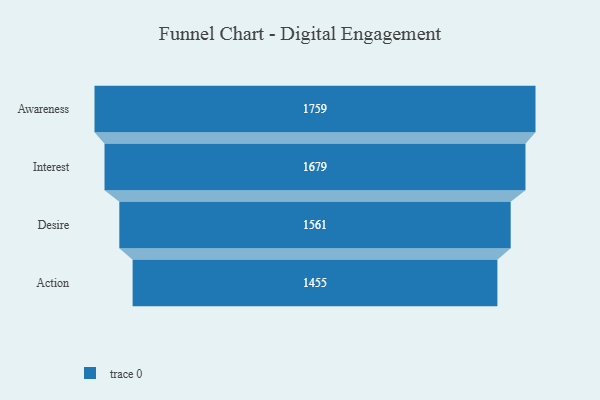
{"axis": {"x": "Stage", "y": "Value"}, "legend": [""], "data": [{"x": "Awareness", "y": 1759.0, "type": ""}, {"x": "Interest", "y": 1679.0, "type": ""}, {"x": "Desire", "y": 1561.0, "type": ""}, {"x": "Action", "y": 1455.0, "type": ""}]}